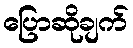
ပြောဆိုချက်